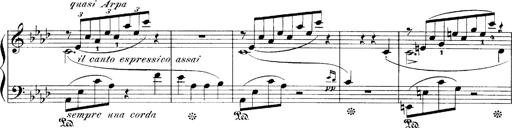
Title: LiebestrÃ¤ume
Composer: Franz Behr
Key: E-flat major